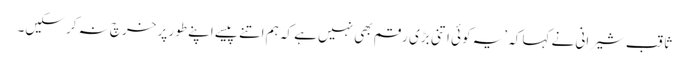
ثاقب شیرانی نے کہا کہ ’یہ کوئی اتنی بڑی رقم بھی نہیں ہے کہ ہم اتنے پیسے اپنے طور پر خرچ نہ کر سکیں۔